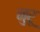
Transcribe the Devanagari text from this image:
नुरू